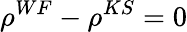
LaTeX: \rho^{WF}-\rho^{KS}=0